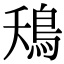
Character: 鴁